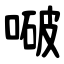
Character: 㗞